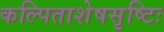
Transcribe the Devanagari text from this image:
कल्पिताशेषसृष्टिः